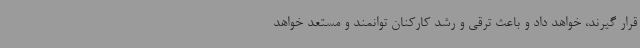
قرار گیرند، خواهد داد و باعث ترقی و رشد کارکنان توانمند و مستعد خواهد